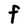
Character: F